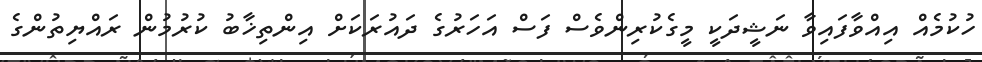
ހުކުމެއް އިއްވާފައިވާ ނަޝީދަކީ މީގެކުރިންވެސް ފަސް އަހަރުގެ ދައުރަކަށް އިންތިޚާބު ކުރުމުން ރައްޔިތުންގެ